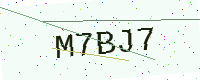
Text: M7BJ7